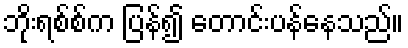
ဘိုးရစ်စ်က ပြန်၍ တောင်းပန်နေသည်။